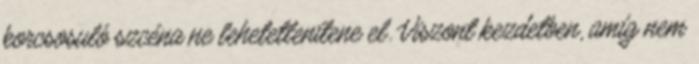
korcsosuló szcéna ne lehetetlenítene el. Viszont kezdetben, amíg nem